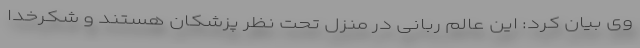
وی بیان کرد: این عالم ربانی در منزل تحت نظر پزشکان هستند و شکرخدا